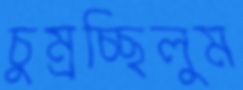
চুম্‌রচ্ছিলুম